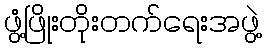
ဖွံ့ဖြိုးတိုးတက်ရေးအဖွဲ့